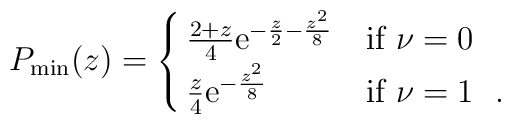
P_{\rm min}(z) = \cases { {2+z\over 4} {\rm e}^{-{z\over 2}-{z^2\over 8}} & if $\nu=0$ \cr{z\over 4} {\rm e}^{-{z^2\over 8}} & if $\nu=1$ ~. \cr }